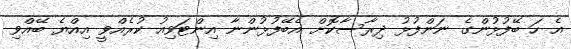
އެ ހަ ބޭފުޅުންގެ ނަންފުޅު ދިރާސާކޮށް އެބޭފުޅުންނާ އިންޓަވިއު ކުރެއްވީ އިއްޔެ ބޭއްވި